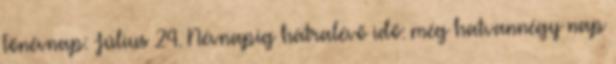
Főnévnap: Július 24. Névnapig hátralévő idő: még hatvannégy nap